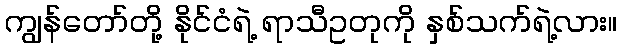
ကျွန်တော်တို့ နိုင်ငံရဲ့ ရာသီဥတုကို နှစ်သက်ရဲ့လား။